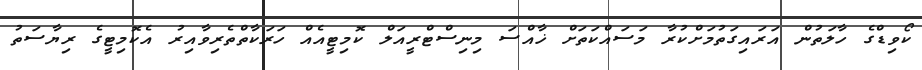
ކޯވިޑްގެ ހާލަތުން އަރައިގަތުމަށްކުރާ މަސައްކަތަށް ޚާއްސަ މިނިސްޓްރީއަލް ކޮމިޓީއެއް ހަރަކާތްތެރިވާއިރު އެކޮމިޓީގެ ރިޔާސަތު